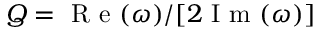
Q = \mathrm { ~ R ~ e ~ } ( \omega ) / [ 2 \mathrm { ~ I ~ m ~ } ( \omega ) ]